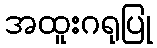
အထူးဂရုပြု